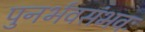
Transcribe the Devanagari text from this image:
पुनर्भवसंभवः